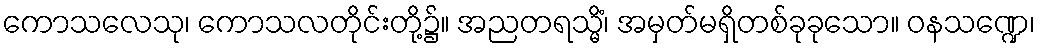
ကောသလေသု၊ ကောသလတိုင်းတို့၌။ အညတရသ္မိံ၊ အမှတ်မရှိတစ်ခုခုသော။ ဝနသဏ္ဍေ၊